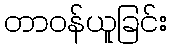
တာဝန်ယူခြင်း